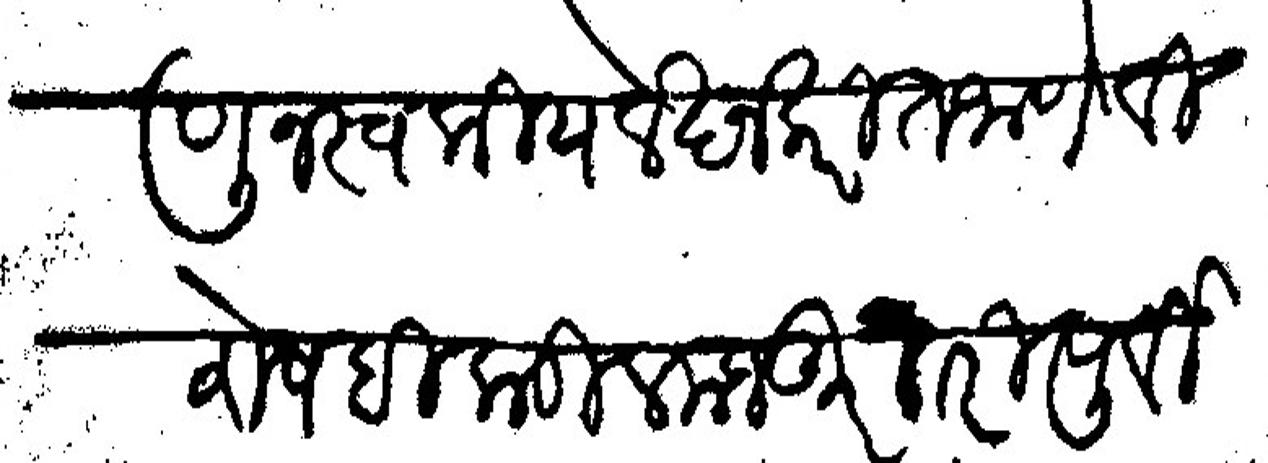
Transliteration (Devanagari): जाणून स्वकीय लेखन करीत जाणे विशेष हिकडील मजकूर तरी पूर्वी